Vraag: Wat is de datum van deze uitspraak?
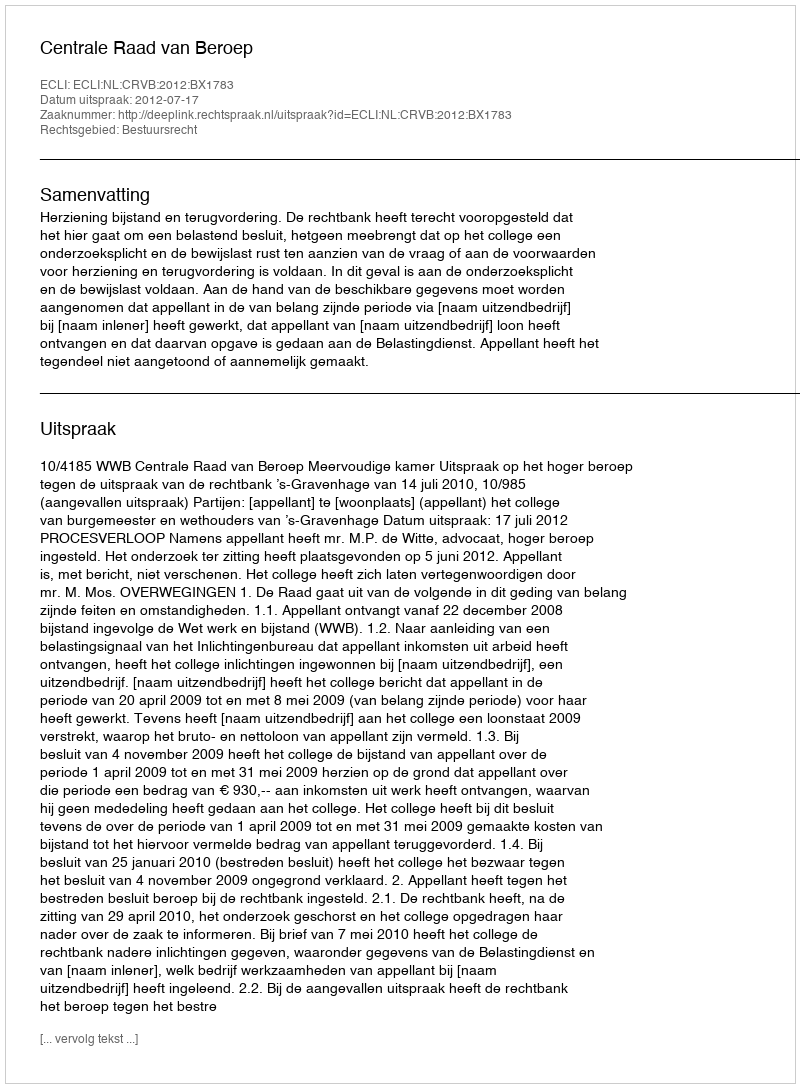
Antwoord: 2012-07-17